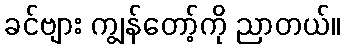
ခင်ဗျား ကျွန်တော့်ကို ညာတယ်။